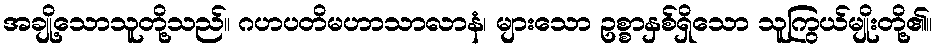
အချို့သောသူတို့သည်။ ဂဟပတိမဟာသာလာနံ၊ များသော ဥစ္စာနှစ်ရှိသော သူကြွယ်မျိုးတို့၏။